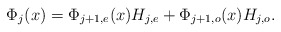
\begin{align*}\Phi_j(x) = \Phi_{j+1,e}(x)H_{j,e}+ \Phi_{j+1,o}(x)H_{j,o}.\end{align*}